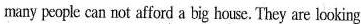
many people can not afford a big house. They are looking